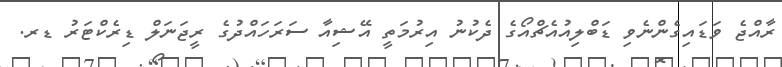
ރާއްޖެ ވަޑައިގެންނެވި ޑަބްލިއުއެޗްއޯގެ ދެކުނު އިރުމަތީ އޭޝިއާ ސަރަހައްދުގެ ރީޖަނަލް ޑިރެކްޓަރު ޑރ.